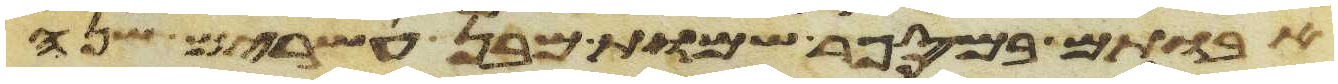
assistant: אבותם במספר שמות מבן עשרים שנה